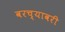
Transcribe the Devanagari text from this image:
वरच्यावरी